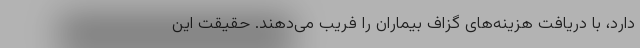
دارد، با دریافت هزینه‌های گزاف بیماران را فریب می‌دهند. حقیقت این